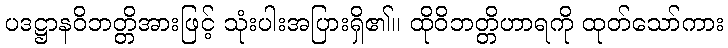
ပဒဋ္ဌာနဝိဘတ္တိအားဖြင့် သုံးပါးအပြားရှိ၏။ ထိုဝိဘတ္တိဟာရကို ထုတ်သော်ကား